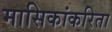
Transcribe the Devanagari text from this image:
मासिकांकरिता